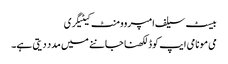
بیسٹ سیلف امپروومنٹ کیٹیگری
می مو نامی ایپ کوڈ لکھنا جاننے میں مدد دیتی ہے۔